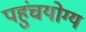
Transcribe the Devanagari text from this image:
पहुंचयोग्य